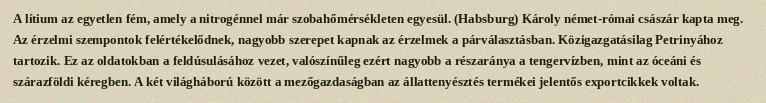
A lítium az egyetlen fém, amely a nitrogénnel már szobahőmérsékleten egyesül. (Habsburg) Károly német-római császár kapta meg. Az érzelmi szempontok felértékelődnek, nagyobb szerepet kapnak az érzelmek a párválasztásban. Közigazgatásilag Petrinyához tartozik. Ez az oldatokban a feldúsulásához vezet, valószínűleg ezért nagyobb a részaránya a tengervízben, mint az óceáni és szárazföldi kéregben. A két világháború között a mezőgazdaságban az állattenyésztés termékei jelentős exportcikkek voltak.